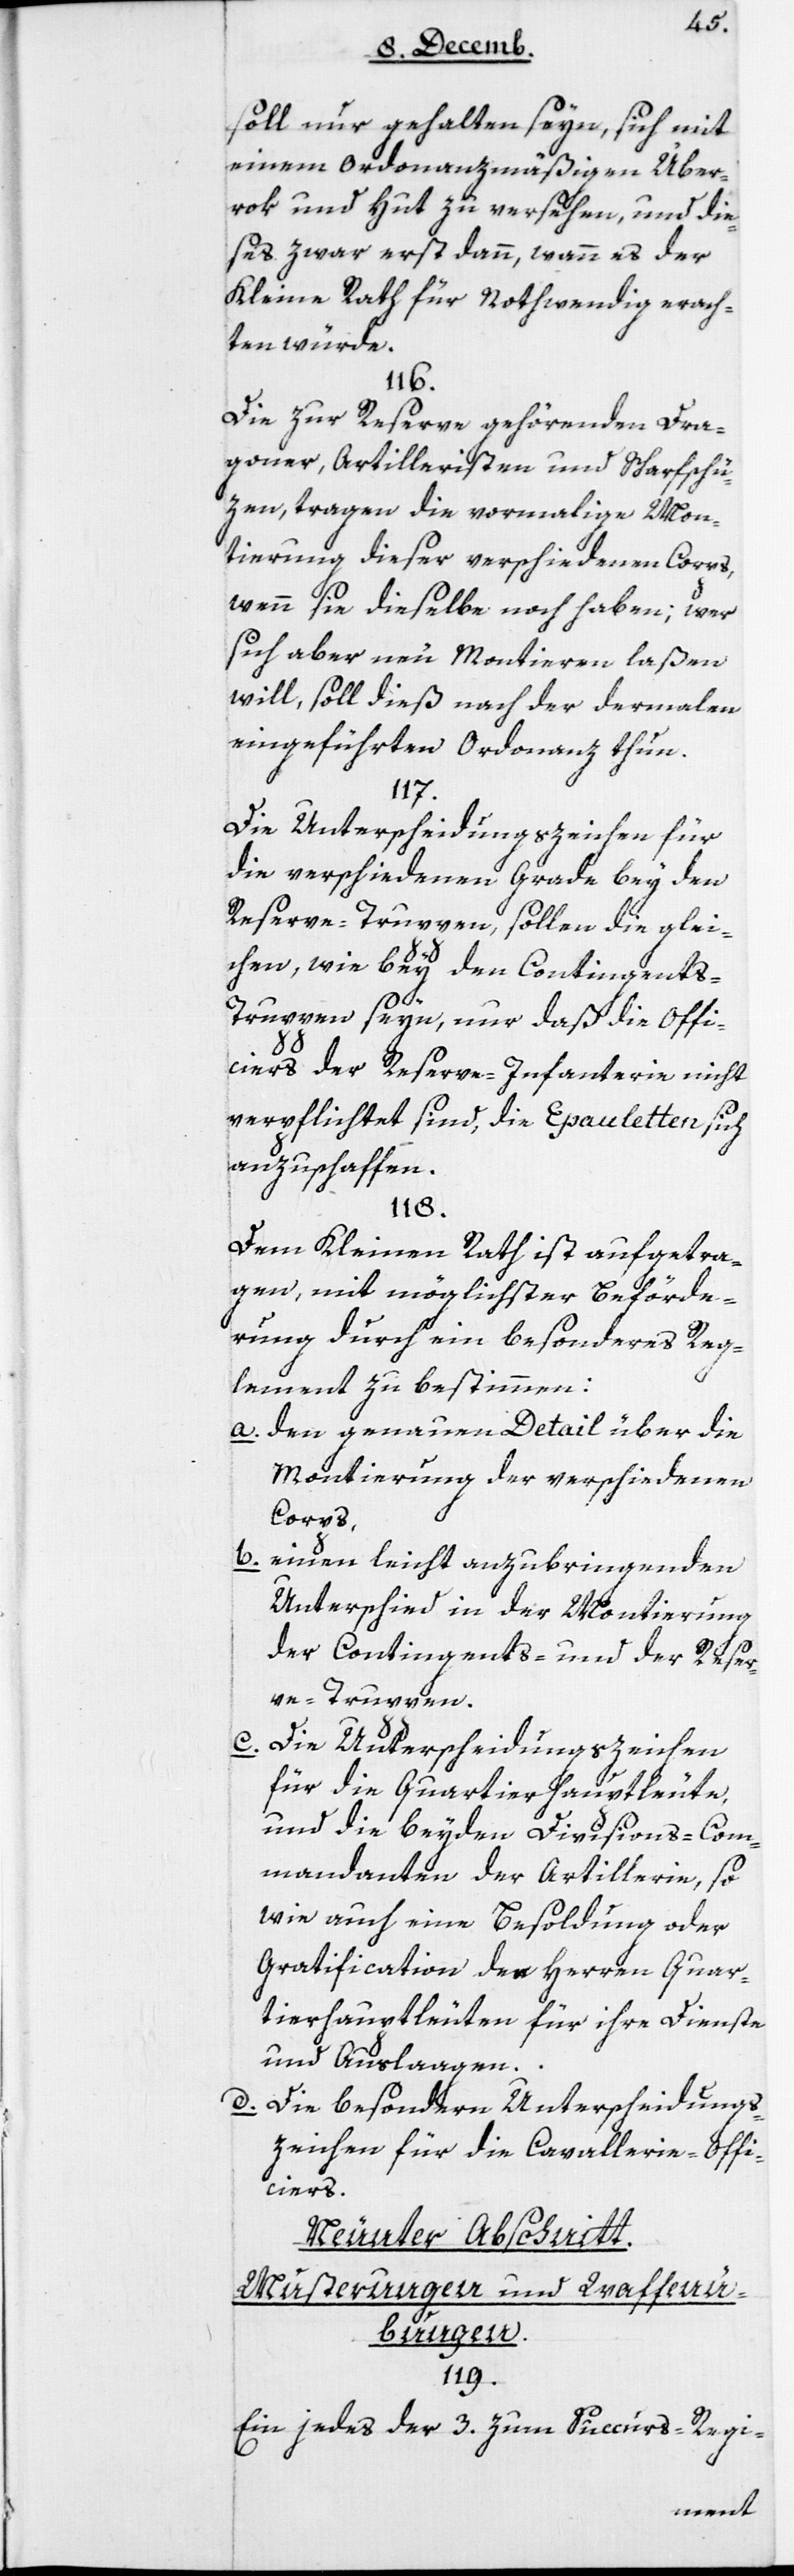
soll nur gehalten seyn, sich mit
einem ordonnanzmäßigen Über¬
rok und Hut zu versehen, und die¬
ses zwar erst dann, wann es der
Kleine Rath für nothwendig erach¬
ten würde.
116.
Die zur Reserve gehörenden Dra¬
goner, Artilleristen und Scharfschü¬
zen, tragen die vormalige Mon¬
tierung dieser verschiedenen Corps,
wenn sie dieselbe noch haben; wer
sich aber neu montieren laßen
will, soll dieß nach der dermalen
eingeführten Ordonnanz thun.
117.
Die Unterscheidungszeichen für
die verschiedenen Grade bey den
Reserve-Truppen, sollen die glei¬
chen, wie bey den Contingent¬
s-Truppen seyn, nur daß die Offi¬
ciers der Reserve-Infanterie nicht
verpflichtet sind, die Epauletten sich
anzuschaffen.
118.
Dem Kleinen Rath ist aufgetra¬
gen, mit möglichster Beförde¬
rung durch ein besonderes Reg¬
lement zu bestimmen:
a. den genauen Detail über die
Montierung der verschiedenen
Corps,
b. einen leicht anzubringenden
Unterschied in der Montierung
der Contingents- und der Reser¬
ve-Truppen.
c. Die Unterscheidungszeichen
für die Quartierhauptleute,
und die beyden Divisions-Kom¬
mandanten der Artillerie, so
wie auch eine Besoldung oder
Gratification der Herren Quar¬
tierhauptleuten für ihre Dienste
und Auslaagen.
d. Die besondern Unterscheidungs¬
zeichen für die Cavallerie-Offi¬
ciers.
Neunter Abschnitt:
Musterungen und Waffen¬
übungen.
119.
Ein jedes der 3 zum Succurs-Regi-